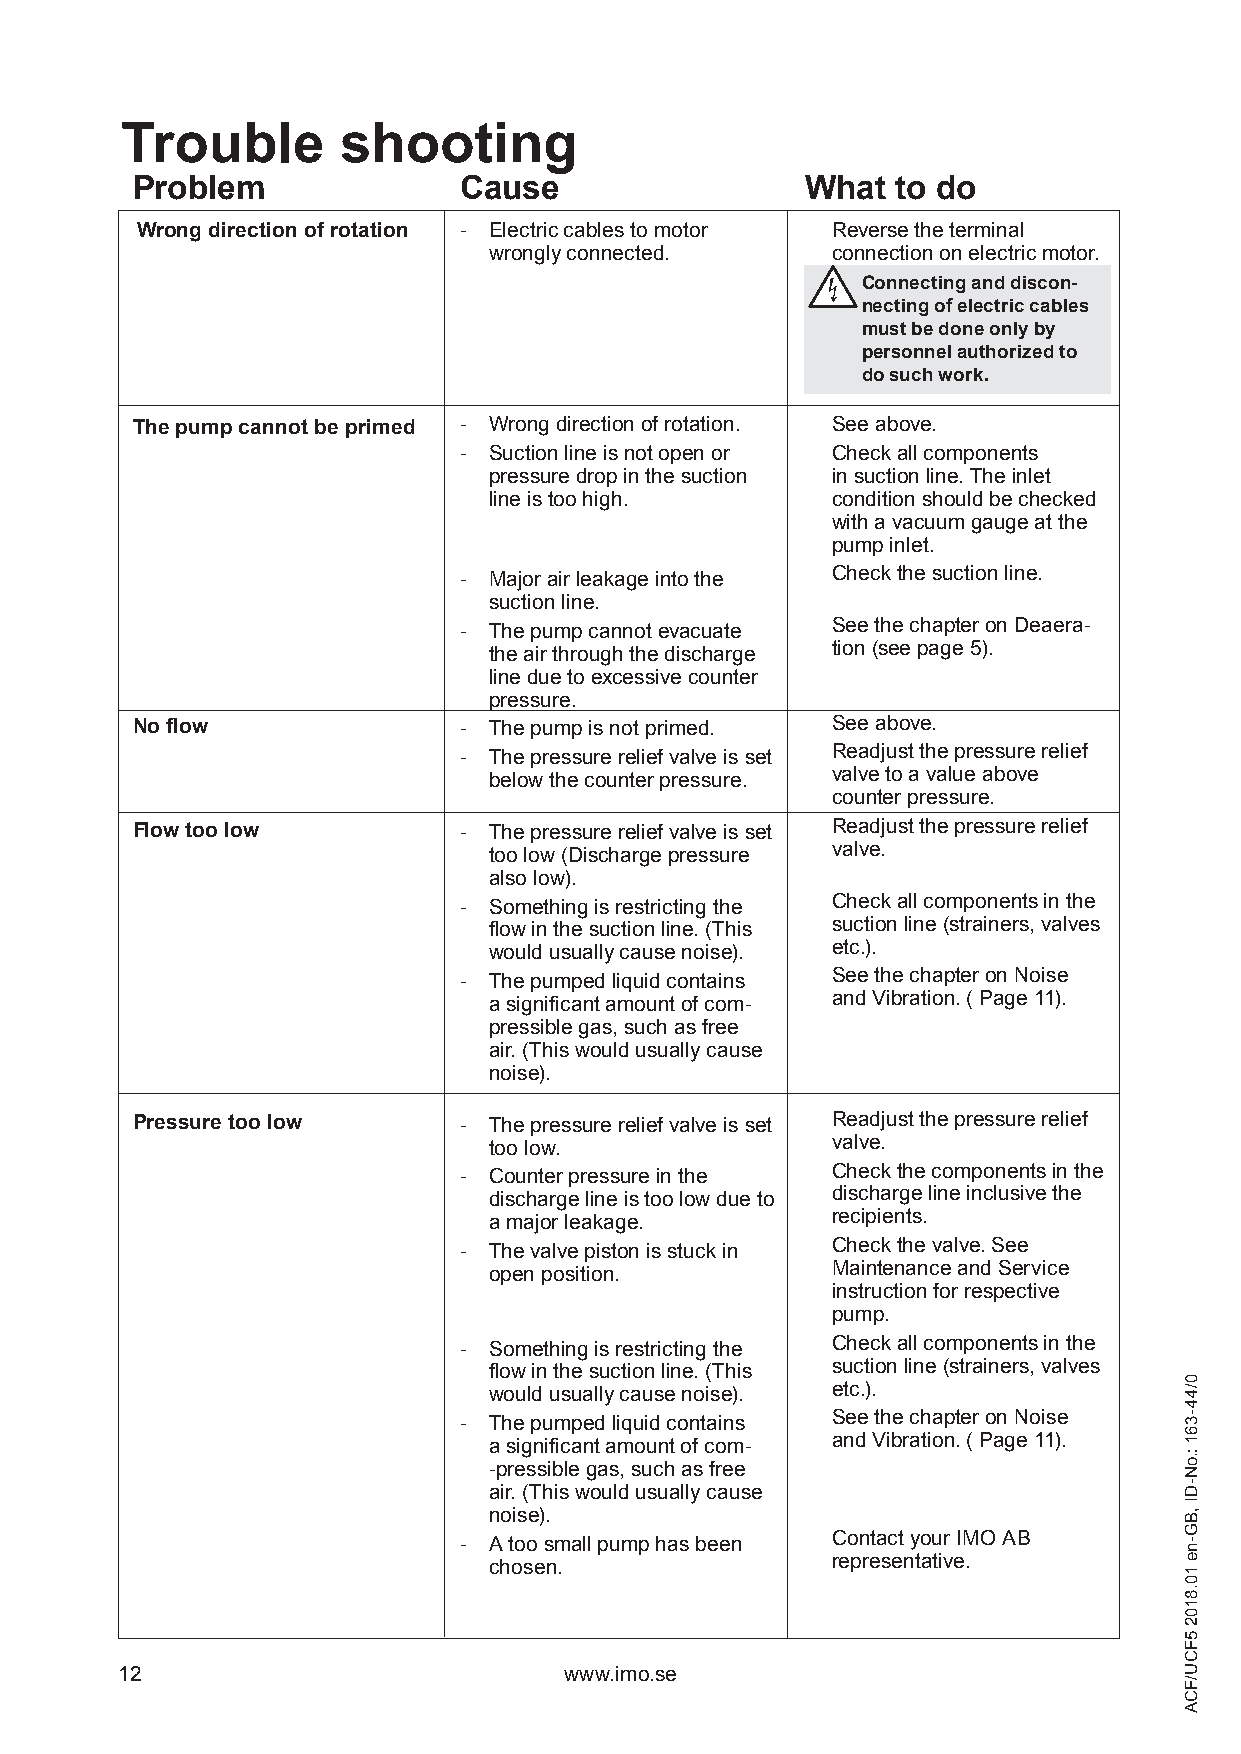
Trouble        shooting
 Problem              Cause                  What  to do
 Wrong direction of rotation - Electric cables to motor Reverse the terminal
 wrongly connected.     connection on electric motor.
 Connecting and discon-
 necting of electric cables
 must be done only by
 personnel authorized to
 do such work.
 The pump cannot be primed - Wrong direction of rotation. See above.
 - Suction line is not open or Check all components
 pressure drop in the suction in suction line. The inlet
 line is too high.      condition should be checked
 with a vacuum gauge at the
 pump inlet.
 - Major air leakage into the Check the suction line.
 suction line.
 - The pump cannot evacuate See the chapter on Deaera-
 the air through the discharge tion (see page 5).
 line due to excessive counter
 pressure.
 No flow              - The pump is not primed. See above.
 - The pressure relief valve is set Readjust the pressure relief
 below the counter pressure. valve to a value above
 counter pressure.
 Flow too low         - The pressure relief valve is set Readjust the pressure relief
 too low (Discharge pressure valve.
 also low).
 - Something is restricting the Check all components in the
 flow in the suction line. (This suction line (strainers, valves
 would usually cause noise). etc.).
 - The pumped liquid contains See the chapter on Noise
 a significant amount of com- and Vibration. ( Page 11).
 pressible gas, such as free
 air. (This would usually cause
 noise).
 Pressure too low     - The pressure relief valve is set Readjust the pressure relief
 too low.               valve.
 - Counter pressure in the Check the components in the
 discharge line is too low due to discharge line inclusive the
 a major leakage.       recipients.
 - The valve piston is stuck in Check the valve. See
 open position.         Maintenance and Service
 instruction for respective
 pump.
 - Something is restricting the Check all components in the
 flow in the suction line. (This suction line (strainers, valves
 would usually cause noise). etc.).
 - The pumped liquid contains See the chapter on Noise
 a significant amount of com - and Vibration. ( Page 11).
 -pressible gas, such as free
 air. (This would usually cause
 noise).
 - A too small pump has been Contact your IMO AB
 chosen.                representat ive.
 12                           www.imo.se
 0/44-361
 :.oN-DI
 ,BG-ne
 10.8102
 5FCU/FCA